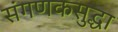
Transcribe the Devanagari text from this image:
संगणकसुद्धा